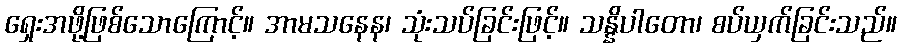
ရှေးအဖို့ဖြစ်သောကြောင့်။ အာမသနေန၊ သုံးသပ်ခြင်းဖြင့်။ သန္နိပါတော၊ စပ်ယှက်ခြင်းသည်။